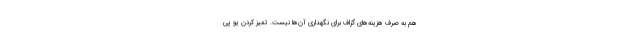
هم به صرف هزینه‌های گزاف برای نگهداری آن‌ها نیست. تمیز کردن یو پی